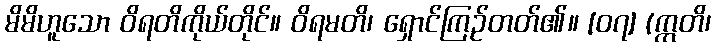
မိမိဟူသော ဝိရတိကိုယ်တိုင်။ ဝိရမတိ၊ ရှောင်ကြဉ်တတ်၏။ [၀၇] (ဣတိ၊